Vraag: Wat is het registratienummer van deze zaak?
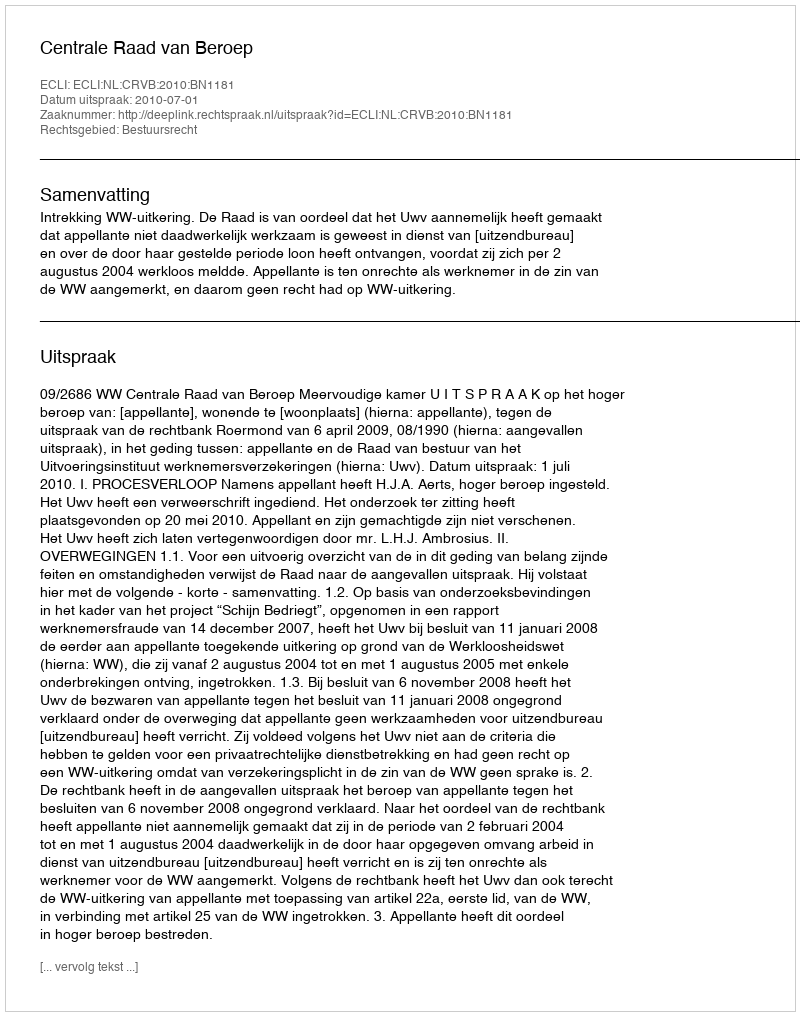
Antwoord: http://deeplink.rechtspraak.nl/uitspraak?id=ECLI:NL:CRVB:2010:BN1181